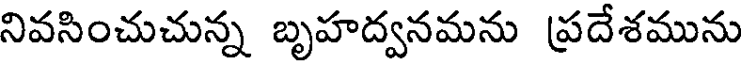
నివసించుచున్న బృహద్వనమను ప్రదేశమును